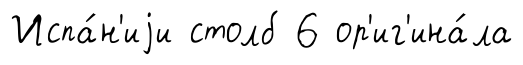
Испа́н'иjи столб 6 ор'иг'ина́ла